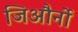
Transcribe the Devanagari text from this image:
जिऔर्नो